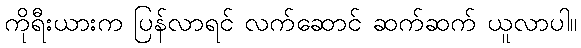
ကိုရီးယားက ပြန်လာရင် လက်ဆောင် ဆက်ဆက် ယူလာပါ။